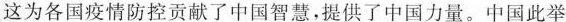
这为各国疫情防控贡献了中国智慧，提供了中国力量。中国此举